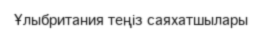
Ұлыбритания теңіз саяхатшылары